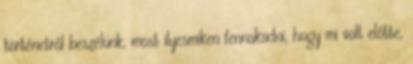
történetről beszélünk, most ilyesmiken fennakadni, hogy mi volt előtte,